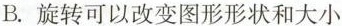
B. 旋转可以改变图形形状和大小